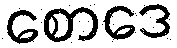
စောဒေ